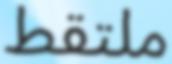
ملتقط